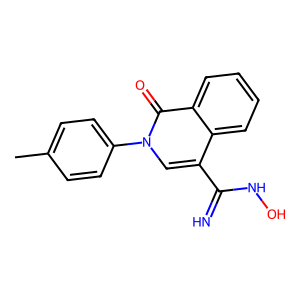
SMILES: Cc1ccc(-n2cc(C(=N)NO)c3ccccc3c2=O)cc1
Inhibits HIV replication: No